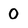
Character: 0